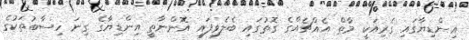
އިންޑިޔާގައި ގެރިއަކީ މާތް އެއްޗެއްގެ ގޮތުގައި ބެލެވިފައި އޮންނާތީ އިންޑިޔާގެ ގިނަ ހިސާބުތަކުގެ